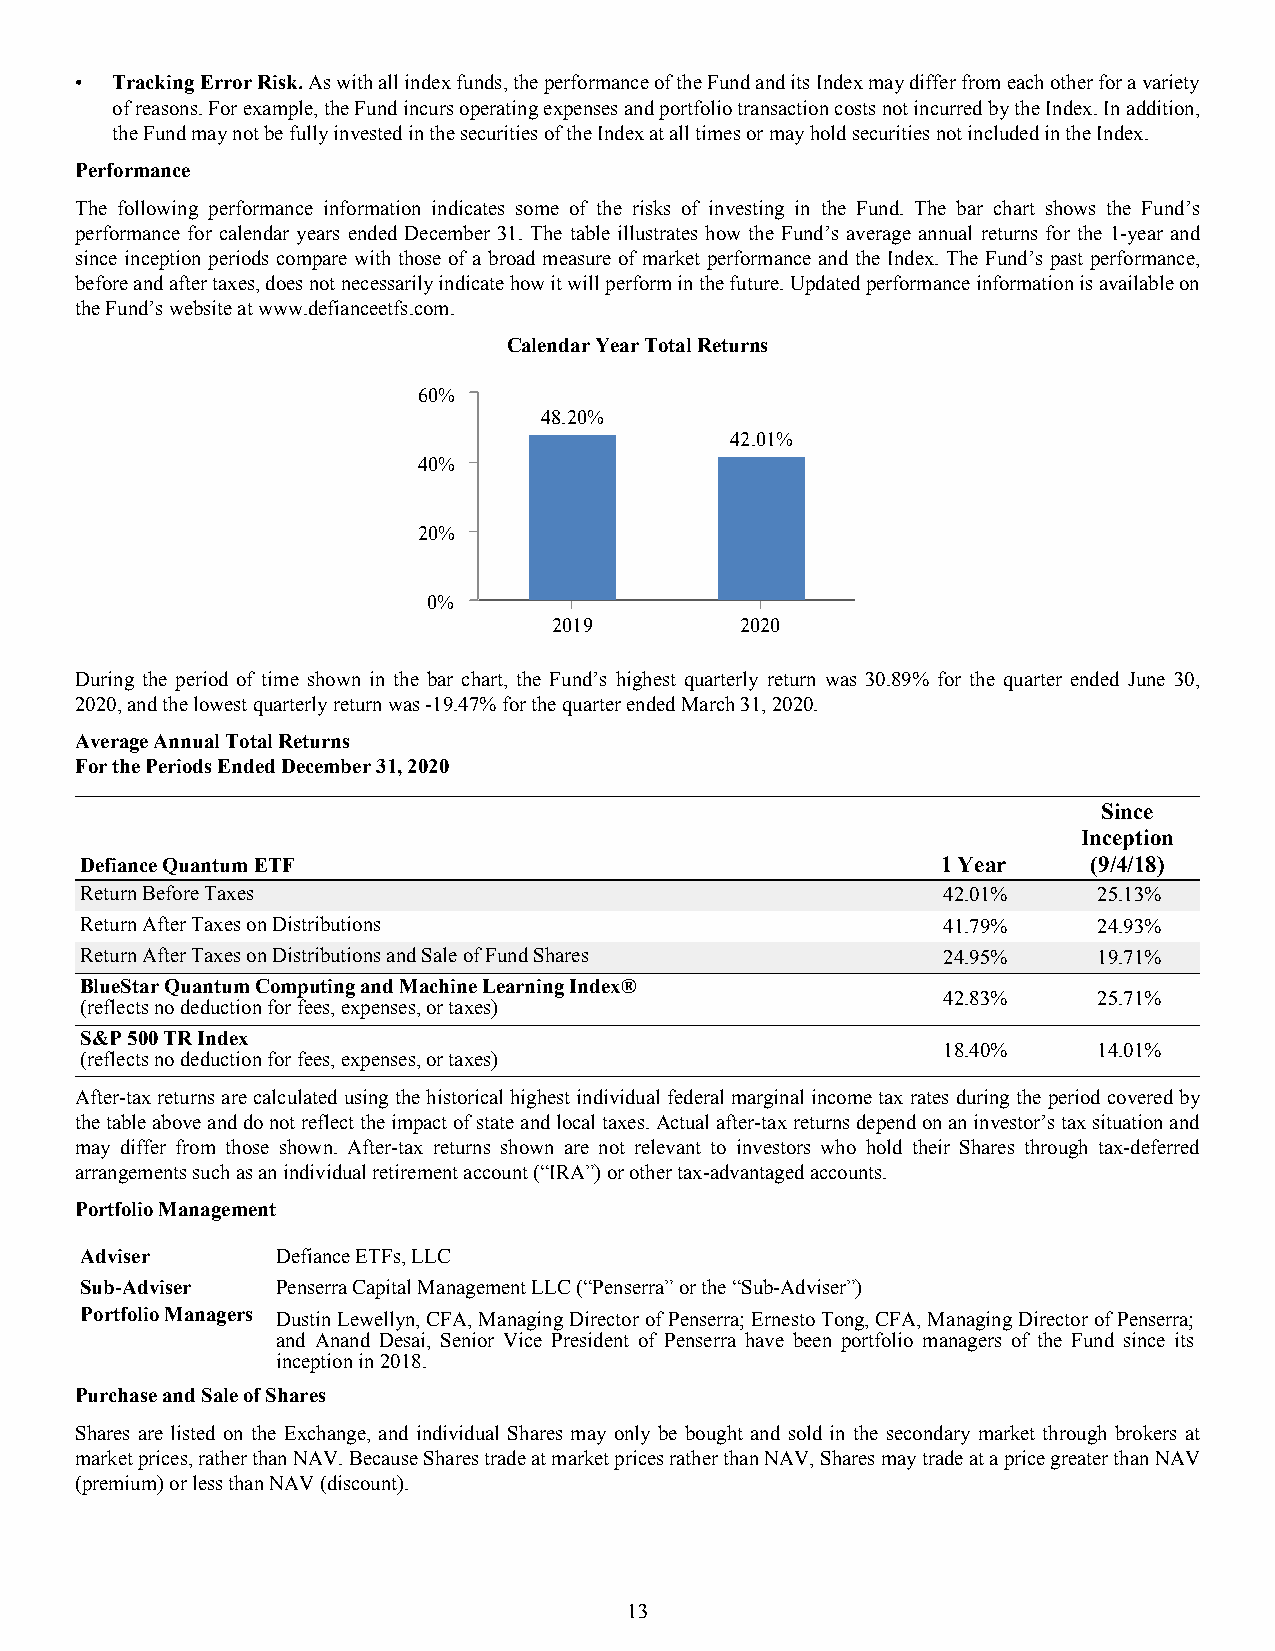
• Tracking Error Risk. As with all index funds, the performance of the Fund and its Index may differ from each other for a variety
 of reasons. For example, the Fund incurs operating expenses and portfolio transaction costs not incurred by the Index. In addition,
 the Fund may not be fully invested in the securities of the Index at all times or may hold securities not included in the Index.
 Performance
 The following performance information indicates some of the risks of investing in the Fund. The bar chart shows the Fund’s
 performance for calendar years ended December 31. The table illustrates how the Fund’s average annual returns for the 1-year and
 since inception periods compare with those of a broad measure of market performance and the Index. The Fund’s past performance,
 before and after taxes, does not necessarily indicate how it will perform in the future. Updated performance information is available on
 the Fund’s website at www.defianceetfs.com.
 Calendar Year Total Returns
 60%
 48.20%
 42.01%
 40%
 20%
 0%
 2019        2020
 During the period of time shown in the bar chart, the Fund’s highest quarterly return was 30.89% for the quarter ended June 30,
 2020, and the lowest quarterly return was -19.47% for the quarter ended March 31, 2020.
 Average Annual Total Returns
 For the Periods Ended December 31, 2020
 Since
 Inception
 Defiance Quantum ETF                                     1 Year    (9/4/18)
 Return Before Taxes                                      42.01%     25.13%
 Return After Taxes on Distributions                      41.79%     24.93%
 Return After Taxes on Distributions and Sale of Fund Shares 24.95%  19.71%
 BlueStar Quantum Computing and Machine Learning Index®
 42.83%     25.71%
 (reflects no deduction for fees, expenses, or taxes)
 S&P 500 TR Index
 18.40%     14.01%
 (reflects no deduction for fees, expenses, or taxes)
 After-tax returns are calculated using the historical highest individual federal marginal income tax rates during the period covered by
 the table above and do not reflect the impact of state and local taxes. Actual after-tax returns depend on an investor’s tax situation and
 may differ from those shown. After-tax returns shown are not relevant to investors who hold their Shares through tax-deferred
 arrangements such as an individual retirement account (“IRA”) or other tax-advantaged accounts.
 Portfolio Management
 Adviser      Defiance ETFs, LLC
 Sub-Adviser  Penserra Capital Management LLC (“Penserra” or the “Sub-Adviser”)
 Portfolio Managers Dustin Lewellyn, CFA, Managing Director of Penserra; Ernesto Tong, CFA, Managing Director of Penserra;
 and Anand Desai, Senior Vice President of Penserra have been portfolio managers of the Fund since its
 inception in 2018.
 Purchase and Sale of Shares
 Shares are listed on the Exchange, and individual Shares may only be bought and sold in the secondary market through brokers at
 market prices, rather than NAV. Because Shares trade at market prices rather than NAV, Shares may trade at a price greater than NAV
 (premium) or less than NAV (discount).
 13